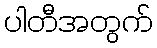
ပါတီအတွက်